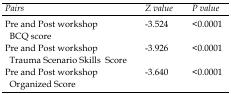
<table><thead><tr><td><b><i>Pairs</i></b></td><td><b><i>Z value</i></b></td><td><b><i>P value </i></b></td></tr></thead><tbody><tr><td>Pre and Post workshop BCQ score</td><td>-3.524</td><td>&lt;0.0001</td></tr><tr><td>Pre and Post workshop Trauma Scenario Skills Score</td><td>-3.926</td><td>&lt;0.0001</td></tr><tr><td>Pre and Post workshop Organized Score </td><td>-3.640</td><td>&lt;0.0001</td></tr></tbody></table>